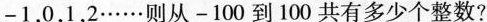
-1，0，1，2……则从-100到100共有多少个整数?